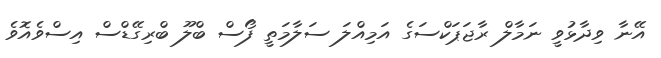
އޭނާ ވިދާޅުވީ ނަމާލް ރާޖަޕަކްސަގެ އަމިއްލަ ސަލާމަތީ ފޯސް ބްލޫ ބްރިގޭޑްސް އިސްވެއޮވެ